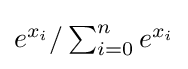
{\textstyle e^{x_{i}}/\sum _{i=0}^{n}e^{x_{i}}}